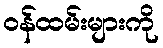
ဝန်ထမ်းများကို